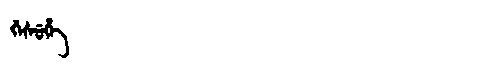
Manchu: ᡤᡝᠰᡠᡥᡝ
Romanization: GESUHE